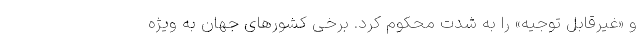
و «غیرقابل توجیه» را به شدت محكوم کرد. برخی کشورهای جهان به ویژه